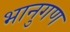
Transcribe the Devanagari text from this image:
भानुगण